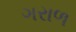
ગરાળ